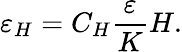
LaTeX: \varepsilon_{H}=C_{H}\frac{\varepsilon}{K}H.